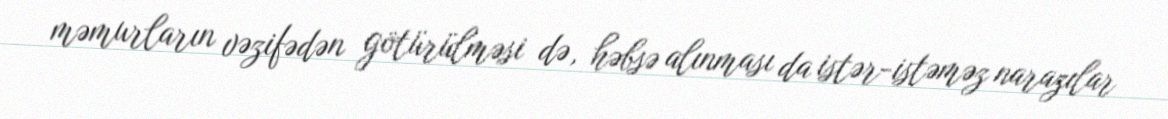
məmurların vəzifədən götürülməsi də, həbsə alınması da istər-istəməz narazılar